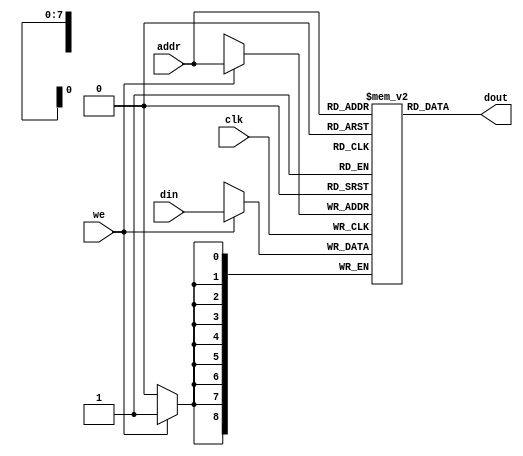
// Generated by MyHDL 0.11


`timescale 1ns/10ps

module ram (
    dout,
    din,
    addr,
    we,
    clk
);
// Ram model 

output [8:0] dout;
wire [8:0] dout;
input [8:0] din;
input [7:0] addr;
input we;
input clk;

reg [8:0] mem [0:256-1];



always @(posedge clk) begin: RAM_WRITE
    if (we) begin
        mem[addr] <= din;
    end
end



assign dout = mem[addr];

endmodule